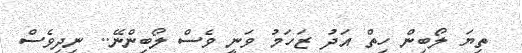
ތިޔަ ލޯބިން ހިތް އަދު ޒަހަމު ވަނީ ވެސް ލޯބިންނޭ.. ނިދިވެސް